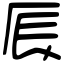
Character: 𠩐